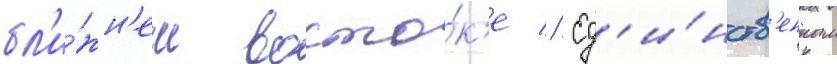
бл'и́жн'ем восто́к'е // Ед'и́нств'енным